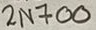
Text: 2N700